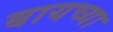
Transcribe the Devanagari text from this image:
बायच्या